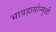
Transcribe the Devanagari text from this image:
भावह्रासोन्मुखी